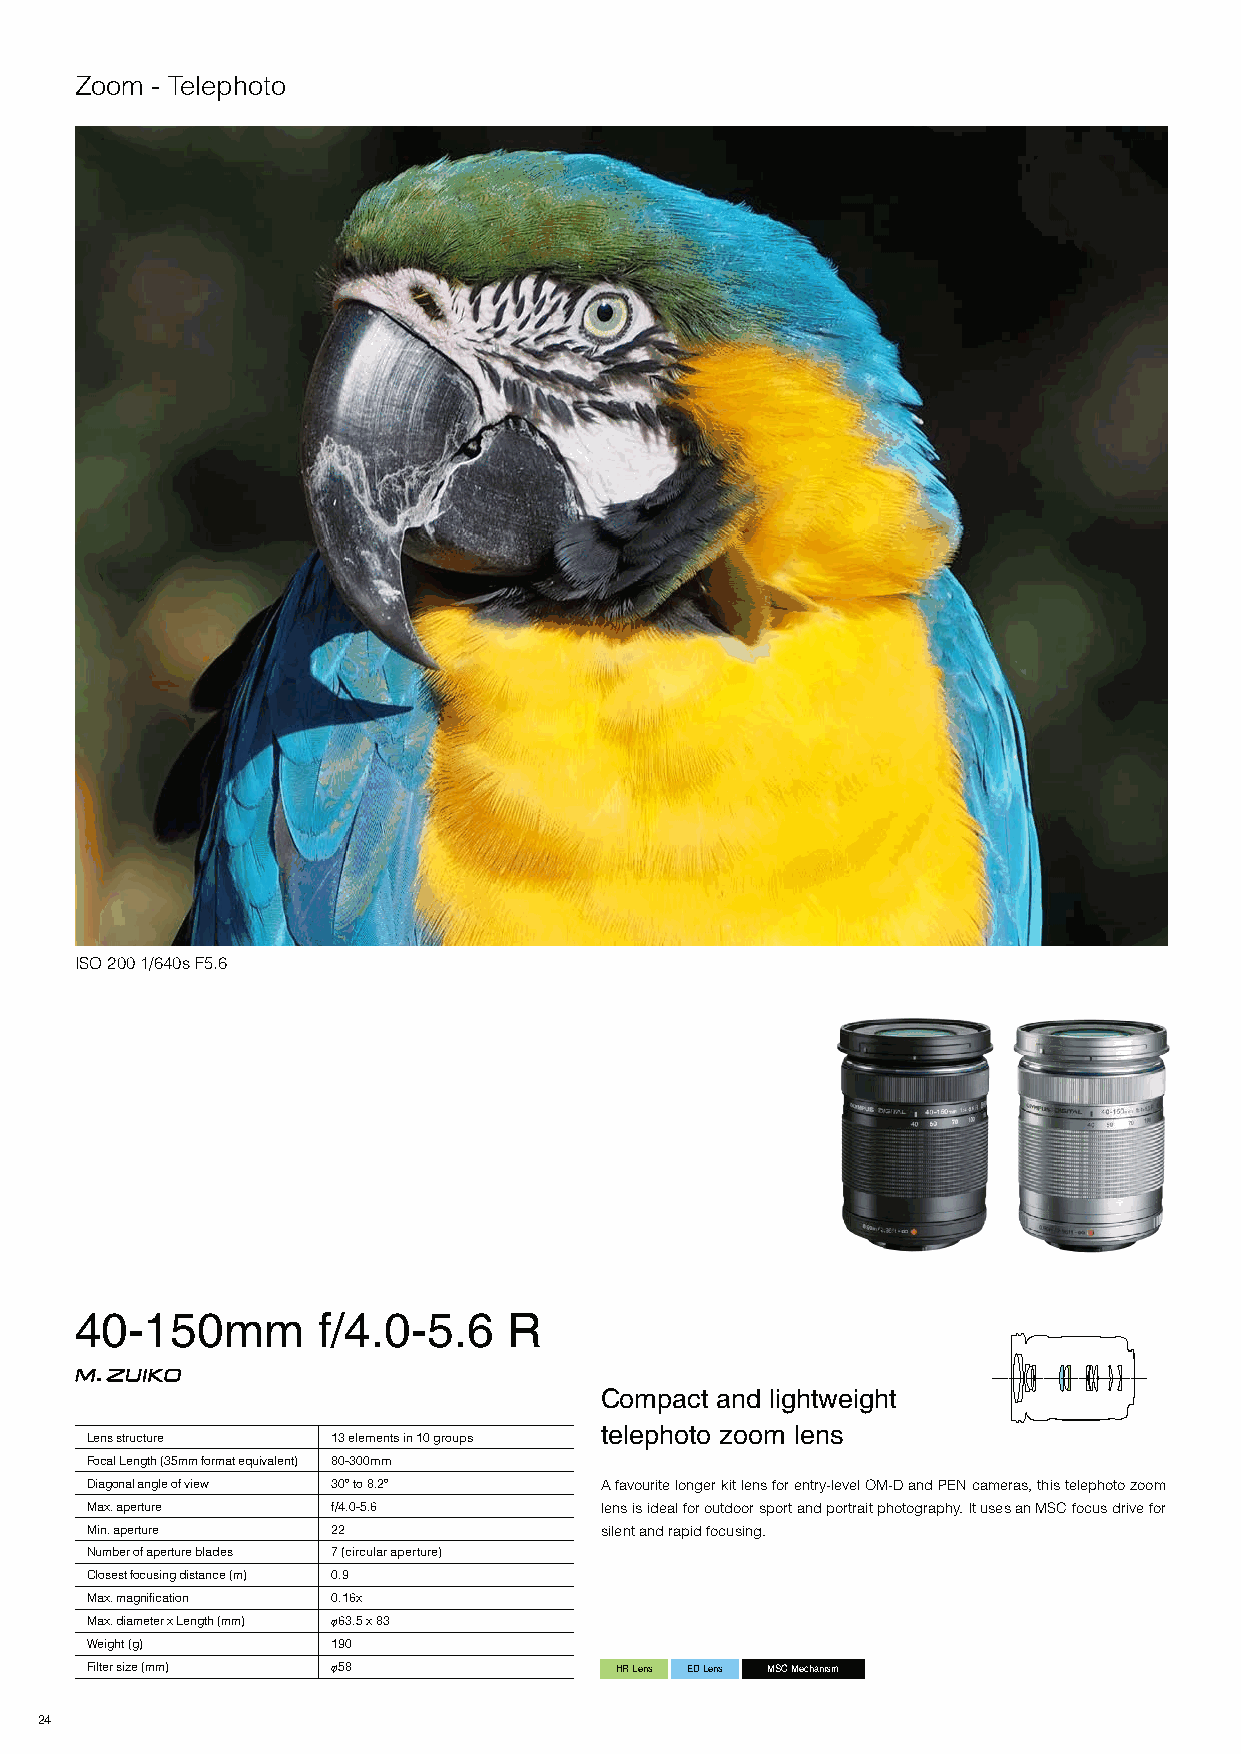
Zoom - Telephoto
 ISO 200 1/640s F5.6
 40-150mm        f/4.0-5.6    R
 Compact and lightweight
 telephoto zoom lens
 Lens structure  13 elements in 10 groups
 Focal Length (35mm format equivalent) 80-300mm
 Diagonal angle of view 30º to 8.2º A favourite longer kit lens for entry-level OM-D and PEN cameras, this telephoto zoom
 Max. aperture   f/4.0-5.6         lens is ideal for outdoor sport and portrait photography. It uses an MSC focus drive for
 Min. aperture   22                silent and rapid focusing.
 Number of aperture blades 7 (circular aperture)
 Closest focusing distance (m) 0.9
 Max. magnification 0.16x
 Max. diameter x Length (mm) φ63.5 x 83
 Weight (g)      190
 Filter size (mm) φ58               HR Lens ED Lens MSC Mechanism
 24